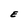
Character: E